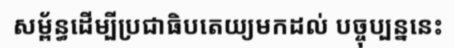
សម្ព័ន្ធដើម្បីប្រជាធិបតេយ្យមកដល់ បច្ចុប្បន្ននេះ